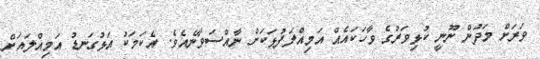
ވަރަށް މަދުން ނޫނީ ކުޅިވަރުގެ ވާހަކައެއް އަމިއްލަފުޅަކަށް ނާއްސަވާނެއެވެ. އެކަމަކު އަޅުގަނޑު އަމިއްލައަށް